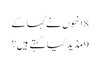
8 انھوں نے کہا کے
9 مذید کیا کہتے ہیں؟